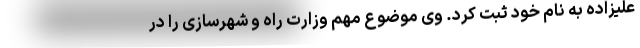
علیزاده به نام خود ثبت کرد. وی موضوع مهم وزارت راه و شهرسازی را در